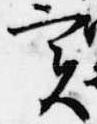
実